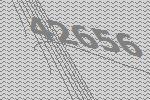
42656